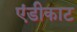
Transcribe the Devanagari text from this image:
एंडीकाट